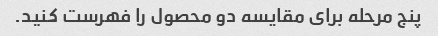
پنج مرحله برای مقایسه دو محصول را فهرست کنید.